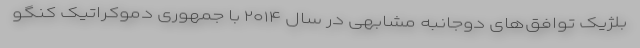
بلژیک توافق‌های دوجانبه مشابهی در سال ۲۰۱۴ با جمهوری دموکراتیک کنگو